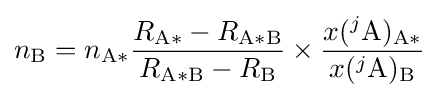
n_{\mathrm {B} }=n_{\mathrm {A*} }{\frac {R_{\mathrm {A*} }-R_{\mathrm {A*B} }}{R_{\mathrm {A*B} }-R_{\mathrm {B} }}}\times {\frac {x(^{j}\mathrm {A} )_{\mathrm {A*} }}{x(^{j}\mathrm {A} )_{\mathrm {B} }}}